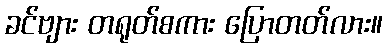
ခင်ဗျား တရုတ်စကား ပြောတတ်လား။